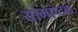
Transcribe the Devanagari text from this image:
योगाष्टक